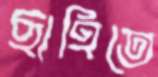
ছাহিতে